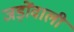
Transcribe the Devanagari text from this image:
जड़ोंवाली